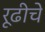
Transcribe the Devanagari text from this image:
रूढीचे